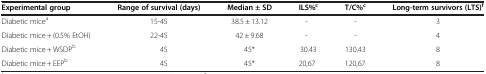
<table><thead><tr><td><b>Experimental group</b></td><td><b>Range of survival (days)</b></td><td><b>Median ± SD</b></td><td><b>ILS%<sup>c</sup></b></td><td><b>T/C%<sup>c</sup></b></td><td><b>Long-term survivors (LTS)<sup>f</sup></b></td></tr></thead><tbody><tr><td>Diabetic mice<sup>a</sup></td><td>15-45</td><td>38.5 ± 13.12</td><td>-</td><td>-</td><td>3</td></tr><tr><td>Diabetic mice + (0.5% EtOH)</td><td>22-45</td><td>42 ± 9.68</td><td>-</td><td>-</td><td>4</td></tr><tr><td>Diabetic mice + WSDP<sup>b</sup></td><td>45</td><td>45*</td><td>30.43</td><td>130.43</td><td>8</td></tr><tr><td>Diabetic mice + EEP<sup>b</sup></td><td>45</td><td>45*</td><td>20,67</td><td>120,67</td><td>8</td></tr></tbody></table>